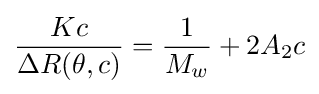
{\frac {Kc}{\Delta R(\theta ,c)}}={\frac {1}{M_{w}}}+2A_{2}c